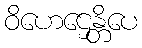
ဝိဟေဌေန္တိပေ